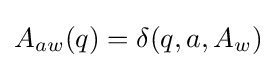
A_{aw}(q)=\delta (q,a,A_{w})